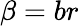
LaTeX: \beta=br